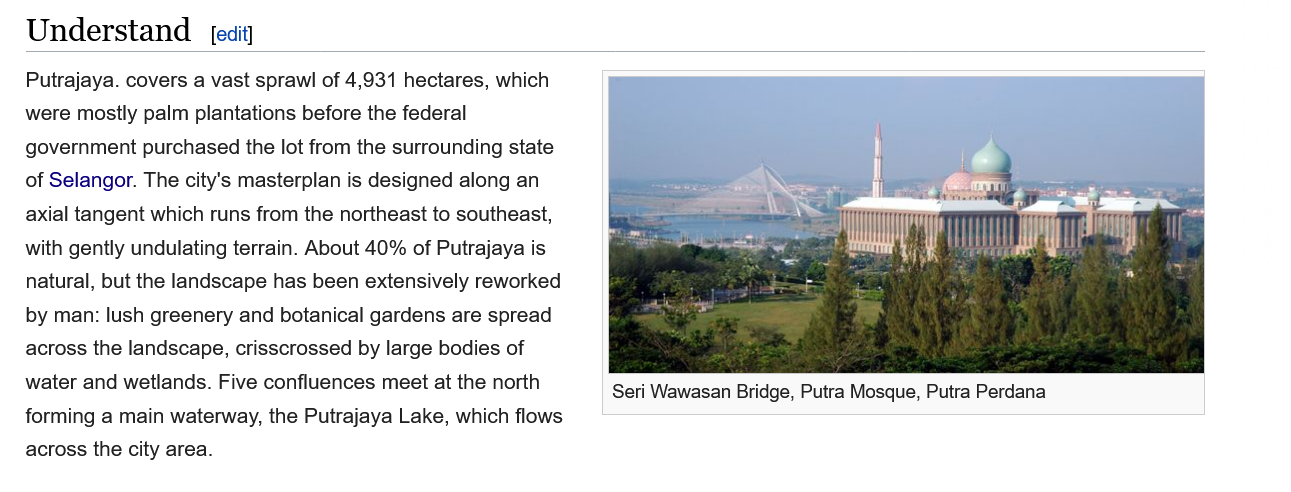
Understand
   Putrajaya. covers a vast sprawl of 4,931 hectares, which
   were mostly palm plantations before the federal
   government purchased the lot from the surrounding state
   of Selangor. The city's masterplan is designed along an
   axial tangent which runs from the northeast to southeast,
   with gently undulating terrain. About 40% of Putrajaya is
   natural, but the landscape has been extensively reworked
   by man: lush greenery and botanical gardens are spread
   across the landscape, crisscrossed by large bodies of
   water and wetlands. Five confluences meet at the north
   forming a main waterway, the Putrajaya Lake, which flows
   across the city area.

     Seri Wawasan Bridge, Putra Mosque, Putra Perdana
     [edit]